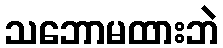
သဘောမထားဘဲ